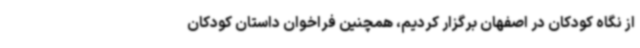
از نگاه کودکان در اصفهان برگزار کردیم، همچنین فراخوان داستان کودکان